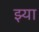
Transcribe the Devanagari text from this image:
झ्या